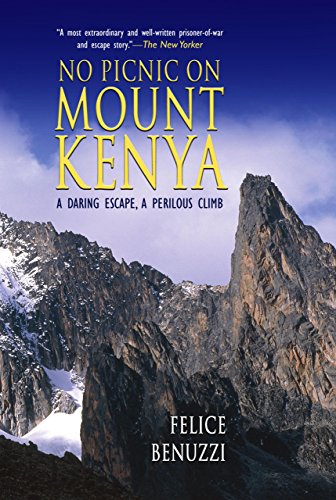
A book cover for No Picnic on Mount Kenya: A Daring Escape, A Perilous Climb; Felice Benuzzi; History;